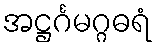
အဋ္ဌင်္ဂမဂ္ဂဓရံ